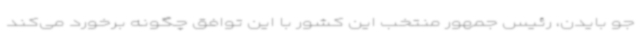
جو بایدن، رئیس جمهور منتخب این کشور با این توافق چگونه برخورد می‌کند